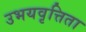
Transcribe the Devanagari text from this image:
उभयवृत्तिता